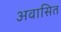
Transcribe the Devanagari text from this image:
अवासित